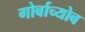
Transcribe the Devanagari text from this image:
गोर्बाच्योब